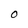
Character: O